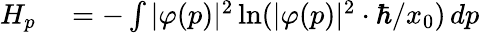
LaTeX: \begin{array}{rl}{H_{p}}&{{}=-\int|\varphi(p)|^{2}\ln(|\varphi(p)|^{2}\cdot\hbar/x_{0})\, dp}\end{array}